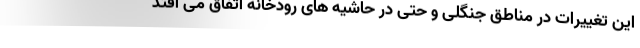
این تغییرات در مناطق جنگلی و حتی در حاشیه های رودخانه اتفاق می افتد